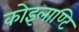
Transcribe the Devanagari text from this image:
कोइलाण्टि